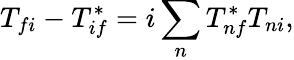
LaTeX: T_{fi}-T_{if}^{*}=i\sum_{n}T_{nf}^{*}T_{ni},